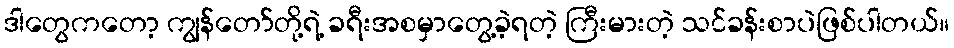
ဒါတွေကတော့ ကျွန်တော်တို့ရဲ့ ခရီးအစမှာတွေ့ခဲ့ရတဲ့ ကြီးမားတဲ့ သင်ခန်းစာပဲဖြစ်ပါတယ်။